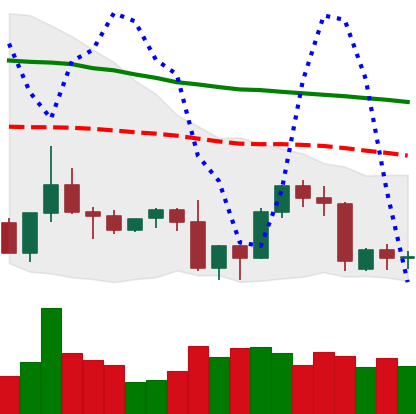
Ticker: TRX-USD
Chart end date: 2022-09-16
Forward return: -3.423%
Label: down_3_5